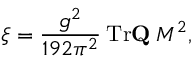
\xi = \frac { g ^ { 2 } } { 1 9 2 \pi ^ { 2 } } \: \mathrm { T r } { \bf Q } \: M ^ { 2 } ,